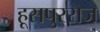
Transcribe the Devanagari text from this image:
हूसपुरराज